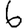
Digit: 6